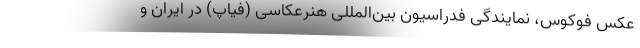
عکس فوکوس، نمایندگی فدراسیون بین‌المللی هنرعکاسی (فیاپ) در ایران و